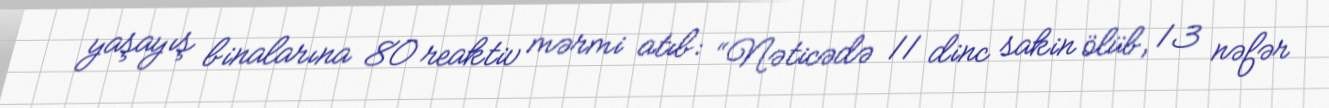
yaşayış binalarına 80 reaktiv mərmi atıb: “Nəticədə 11 dinc sakin ölüb, 13 nəfər